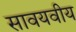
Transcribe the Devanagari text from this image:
सावयवीय